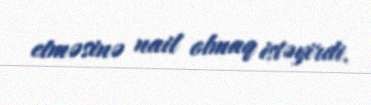
etməsinə nail olmaq istəyirdi.